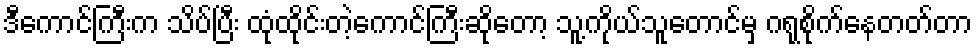
ဒီကောင်ကြီးက သိပ်ပြီး ထုံထိုင်းတဲ့ကောင်ကြီးဆိုတော့ သူ့ကိုယ်သူတောင်မှ ဂရုစိုက်နေတတ်တာ